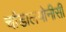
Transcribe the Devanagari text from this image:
चांडालयोनीसी